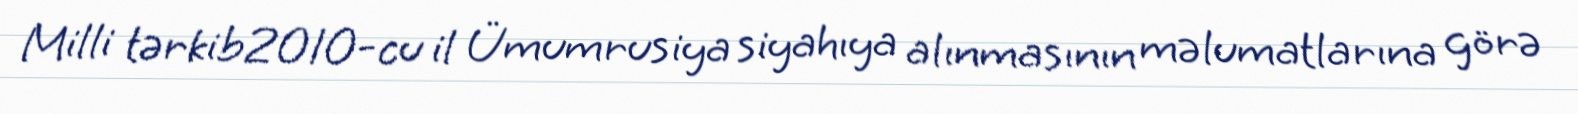
Milli tərkib2010-cu il Ümumrusiya siyahıya alınmasının məlumatlarına görə